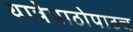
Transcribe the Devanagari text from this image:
यात्रेपाठोपाठच